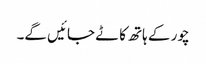
چور کے ہاتھ کاٹے جائیں گے۔